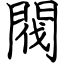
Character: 閥